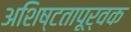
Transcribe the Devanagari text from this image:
अशिष्टतापूर्वक